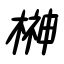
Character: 榊